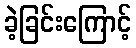
ခဲ့ခြင်းကြောင့်